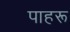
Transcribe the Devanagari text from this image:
पाहरू